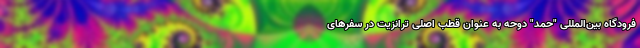
فرودگاه بین‌المللی "حمد" دوحه به عنوان قطب اصلی ترانزیت در سفرهای